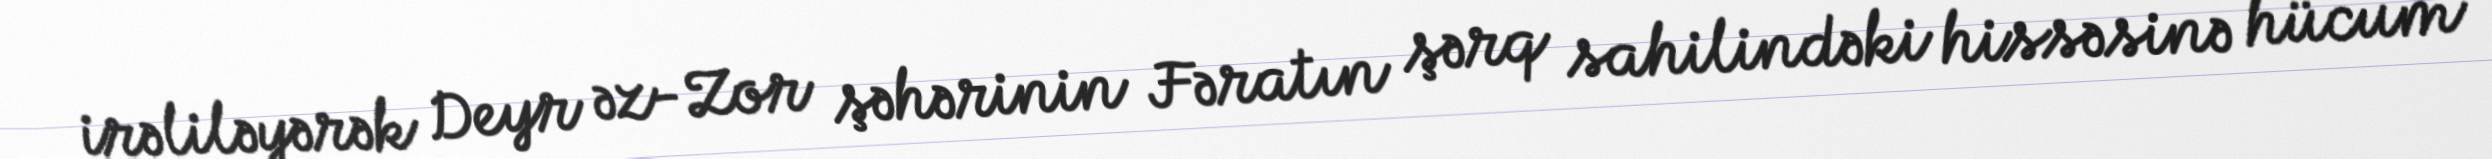
irəliləyərək Deyr əz-Zor şəhərinin Fəratın şərq sahilindəki hissəsinə hücum